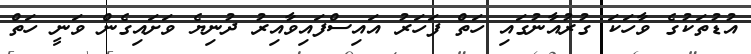
އުޑުތަކުގެ ވާހަކަ ގުރުއާނުގައި ހަތް ފަހަރު އައިސްފައިވާއިރު ދުނިޔެ ވަށައިގެން ވަނީ ހަތް